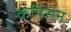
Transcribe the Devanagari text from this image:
कमिसन